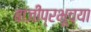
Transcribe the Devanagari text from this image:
बाजीप्रभूच्या